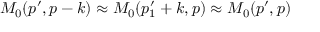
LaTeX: M _ { 0 } ( p ^ { \prime } , p - k ) \approx M _ { 0 } ( p _ { 1 } ^ { \prime } + k , p ) \approx M _ { 0 } ( p ^ { \prime } , p )